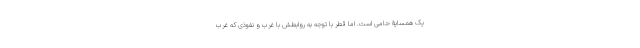
یک همسایۀ حامی است. اما قطر با توجه به روابطش با غرب و نفوذی که غرب